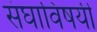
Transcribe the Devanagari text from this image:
संघाविषयी